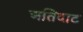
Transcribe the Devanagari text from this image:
अतिदाट